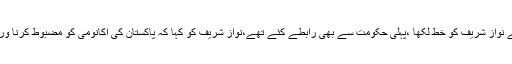
انہوں نے کہا کہ ہم نے نواز شریف کو خط لکھا ،پہلی حکومت سے بھی رابطے کئے تھے،نواز شریف کو کہا کہ پاکستان کی اکانومی کو مضبوط کرنا ور ترقی دینا چاہتے ہیں۔